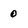
Character: 0